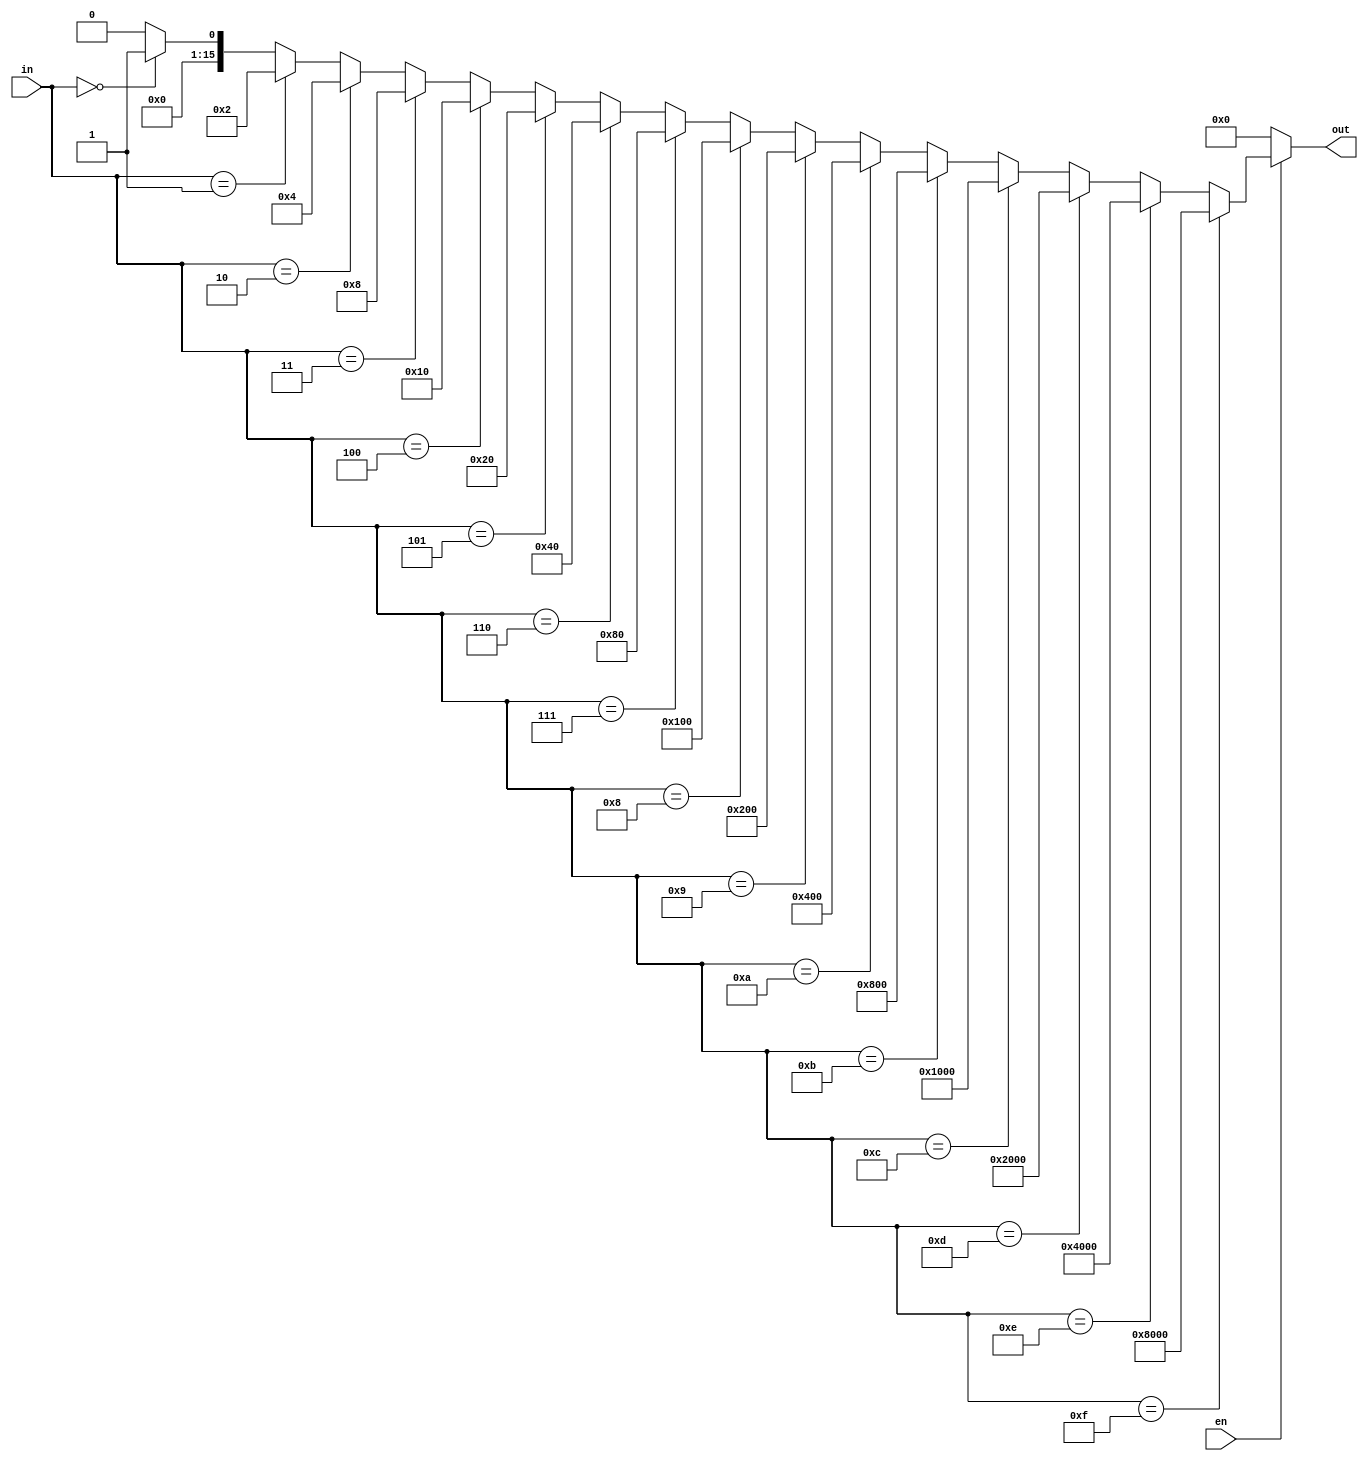
module decoder_if (
	input             en,
	input [3:0]       in,
	output reg [15:0] out
);

always @(*) begin
	out = 16'h0;

	if (en) begin
		if(in == 4'd0) begin
			out = 16'h1; 
		end
		if (in == 4'd1) begin 
			out = 16'h2; 
		end
		if (in == 4'd2) begin
			out = 16'h4; 
		end
		if (in == 4'd3) begin
			out = 16'h8; 
		end
		if (in == 4'd4) begin
			out = 16'h10; 
		end
		if (in == 4'd5) begin
			out = 16'h20; 
		end
		if (in == 4'd6) begin
			out = 16'h40; 
		end
		if (in == 4'd7) begin
			out = 16'h80; 
		end
		if (in == 4'd8) begin
			out = 16'h100; 
		end
		if (in == 4'd9) begin
			out = 16'h200; 
		end
		if (in == 4'd10) begin
			out = 16'h400; 
		end
		if (in == 4'd11) begin
			out = 16'h800; 
		end
		if (in == 4'd12) begin
			out = 16'h1000; 
		end
		if (in == 4'd13) begin
			out = 16'h2000; 
		end
		if (in == 4'd14) begin 
			out = 16'h4000; 
		end
		if (in == 4'd15) begin 
			out = 16'h8000; 
		end
	end
end

endmodule